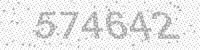
Solution: 574642